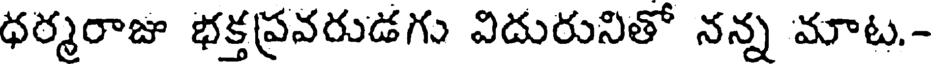
ధర్మరాజు భక్తప్రవరుడగు విదురునితో నన్న మాట.-